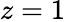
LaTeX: z=1